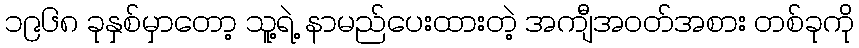
၁၉၆၈ ခုနှစ်မှာတော့ သူ့ရဲ့ နာမည်ပေးထားတဲ့ အကျီအဝတ်အစား တစ်ခုကို